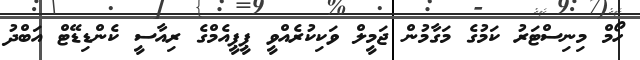
ހޯމް މިނިސްޓަރު ކަމުގެ މަގާމުން ޖަމީލް ވަކިކުރެއްވީ ޕީޕީއެމްގެ ރިއާސީ ކެންޑިޑޭޓް އަބްދު